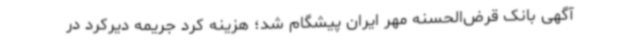
آگهی بانک قرض‌الحسنه مهر ایران پیشگام شد؛ هزینه کرد جریمه دیرکرد در